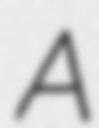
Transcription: A